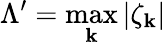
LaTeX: \Lambda^{\prime}=\operatorname*{max}_{\mathbf{k}}|\zeta_{\mathbf{k}}|